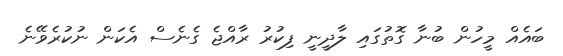
ބައެއް މީހުން ބުނާ ގޮތުގައި ލާދީނީ ފިކުރު ރާއްޖެ ގެނެސް އެކަން ނުކުރެވޭނެ